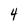
Character: 4